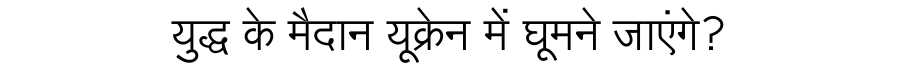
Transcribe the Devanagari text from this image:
युद्ध के मैदान यूक्रेन में घूमने जाएंगे?